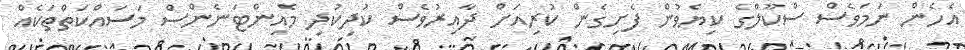
އެހެން ނަމަވެސް ސްކޫލްގެ ކިޔެވުން ފެށިގެން ކުރިއަށް ދާއިރުވެސް ކުދިކުދި މެއިންޓަނެންސް މަސައްކަތްތަކެއް